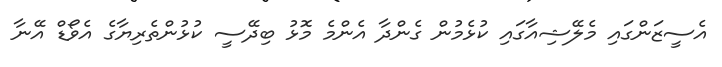
އެސީޒަންގައި މެލޭޝިއާގައި ކުޅެމުން ގެންދާ އެންމެ މޮޅު ބިދޭސީ ކުޅުންތެރިޔާގެ އެވޯޑް އޭނާ